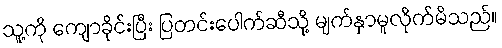
သူ့ကို ကျောခိုင်းပြီး ပြတင်းပေါက်ဆီသို့ မျက်နှာမူလိုက်မိသည်။